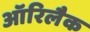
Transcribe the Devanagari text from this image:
ऑरिलैक